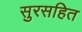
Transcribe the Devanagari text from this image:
सुरसहित